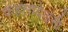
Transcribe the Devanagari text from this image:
कहलाये।इसी